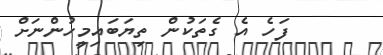
ފަހެ އެ ގެތަކުން ތިޔަބައިމީހުންނަށް